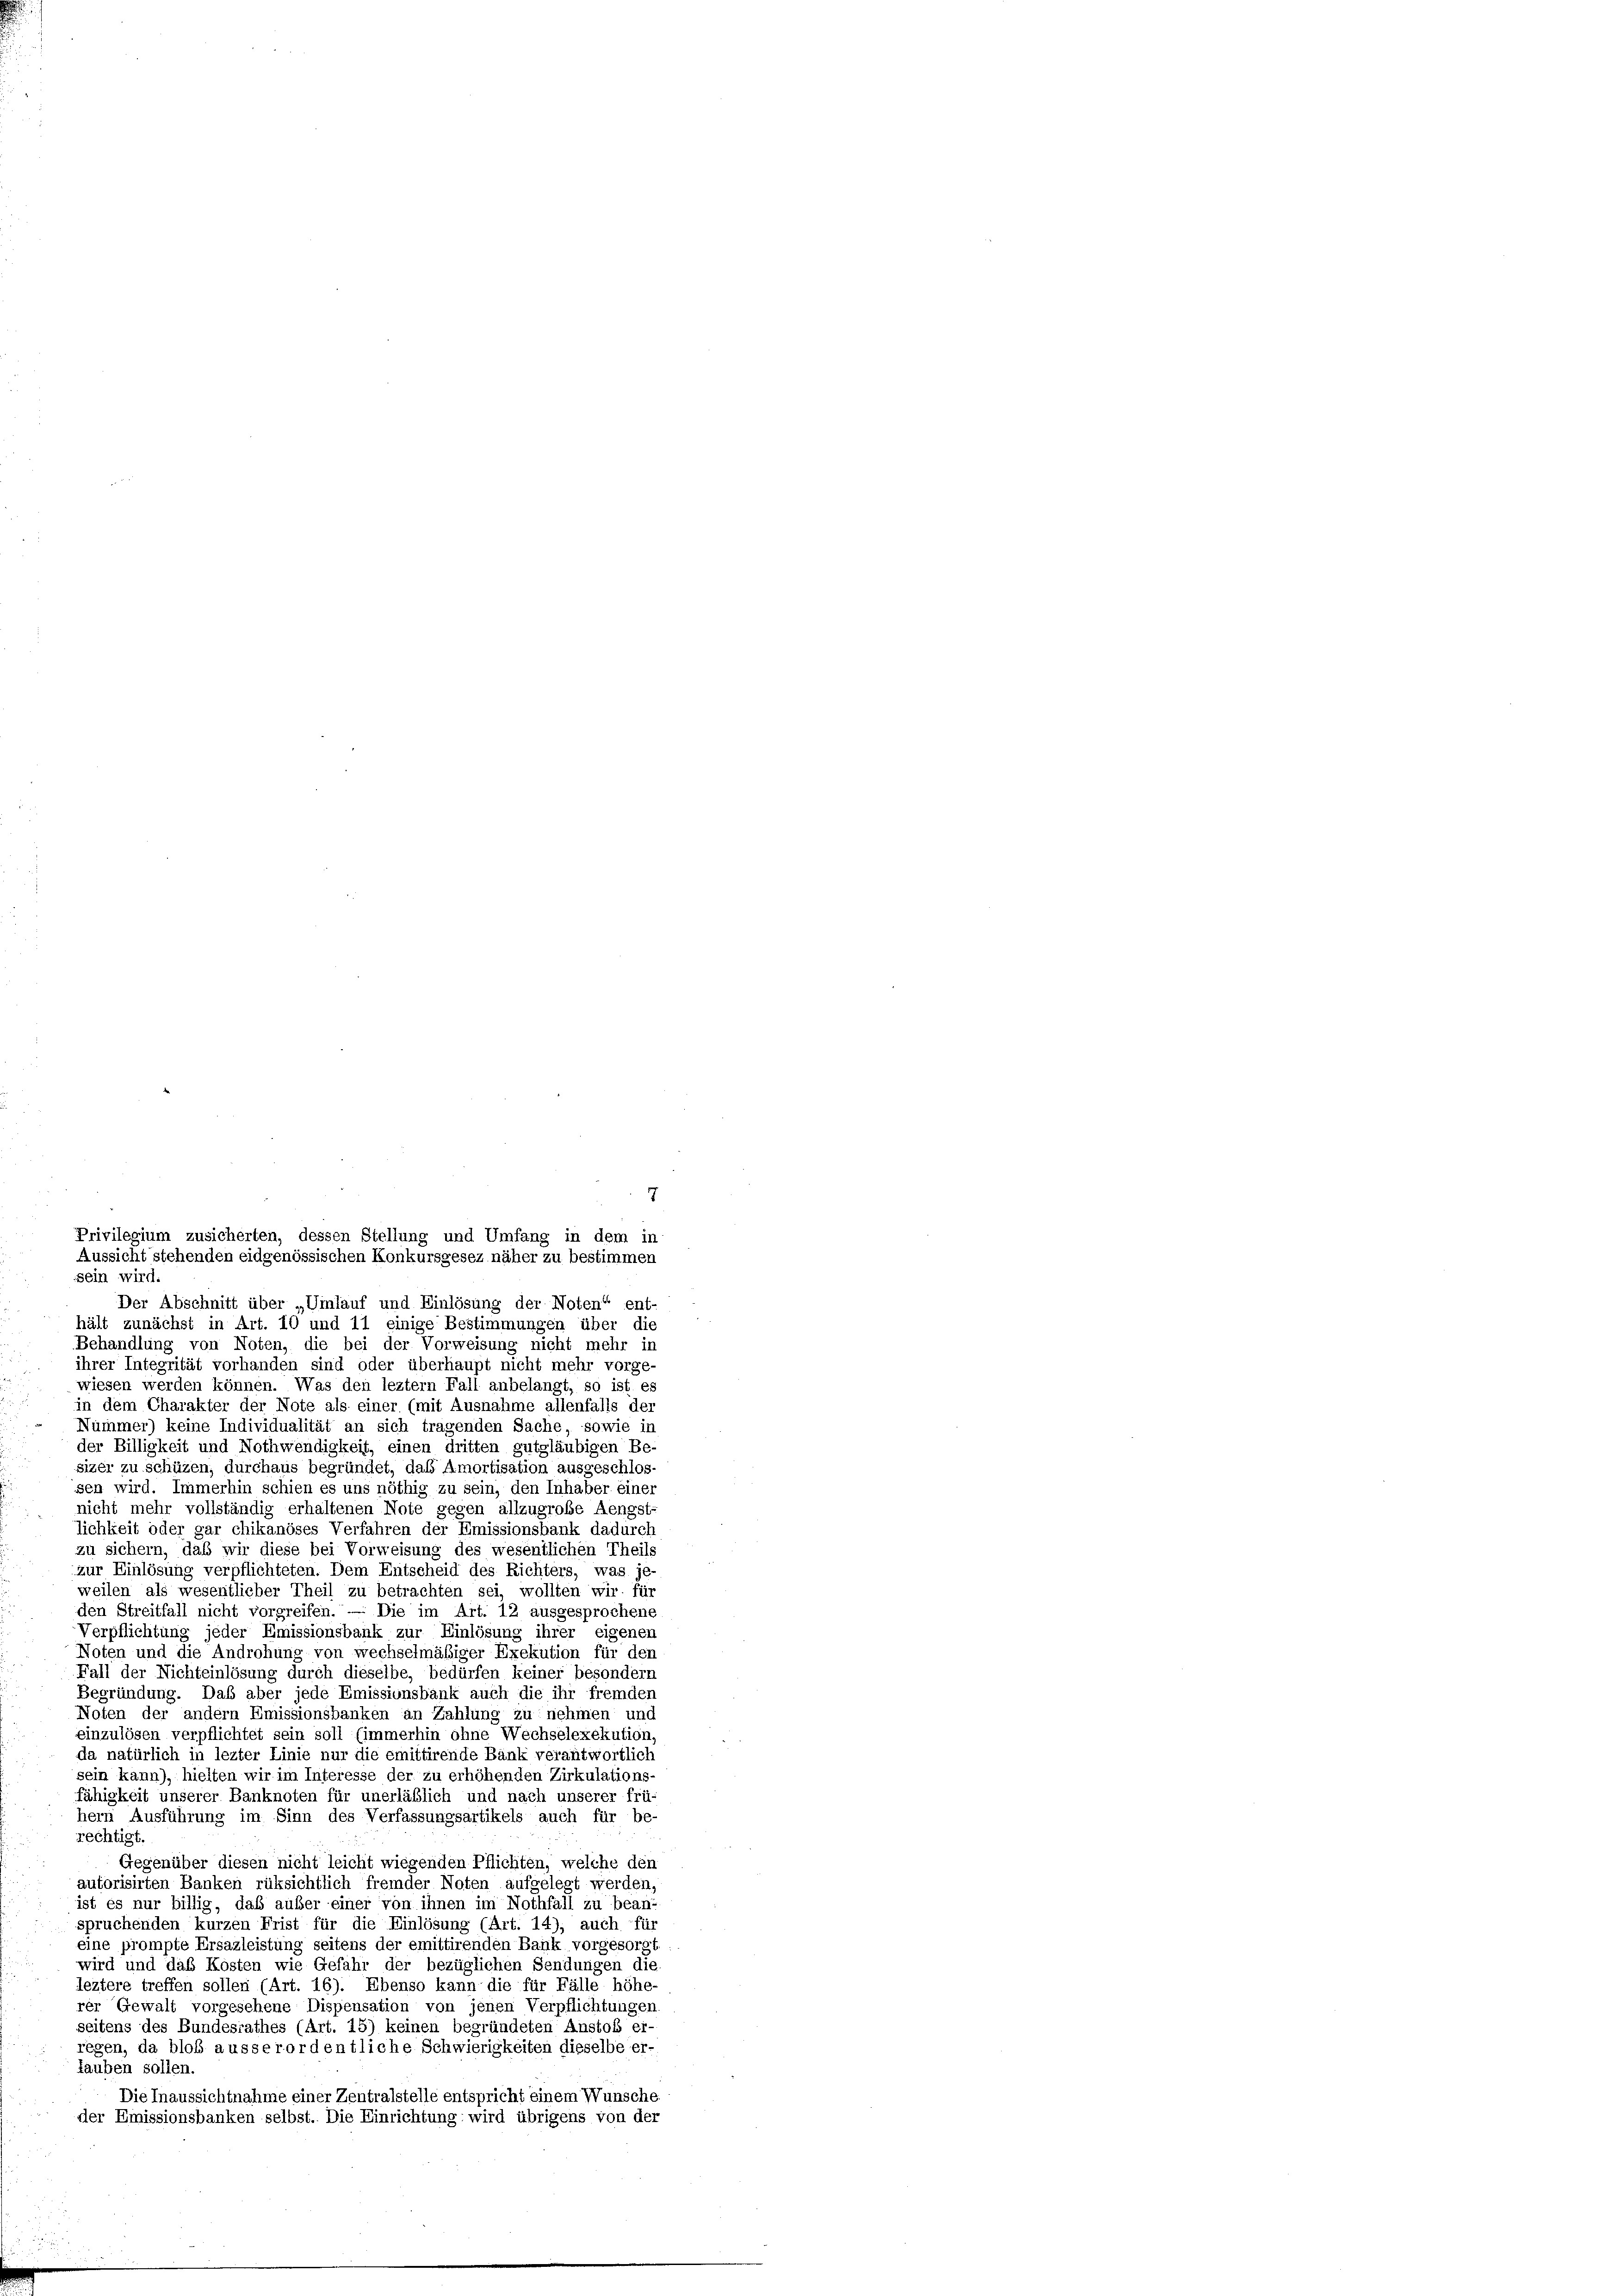
sein wird.
Der Abschnitt über „Winlauf und Einlösung der Noten“ ent-
hält zunächst in Art. 10 und 11 einige Bestimmungen über die
Behandlung von Noten, die bei der Vorweisung nicht mehr in
ihrer Integrität vorhanden sind oder überhaupt nicht mehr vorge-
wiesen werden können. Was den leztem Fall anbelangt, so ist es
in dem Charakter der Note als einer (mit Ausnahme allenfalls der
Nummer) keine Individualität an sich tragenden Sache, sowie in
der Billigkeit und Nothwendigkeit, einen dritten gutgläubigen Be-
sizer zu schüzen, durchaus begründet, daß Amortisation ausgeschlos-
sen wird. Immerhin schien es uns nöthig zu sein, den Inhaber einer
nicht mehr vollständig erhaltenen Note gegen allzugrobe Aengst-
lichkeit oder gar chikanöses Verfahren der Emissionsbank dadurch
zu sichern, das wir diese bei Vorweisung des wesentlichen Theils
zur Einlösung verpflichteten. Dem Entscheid des Richters, was je-
weilen als wesentlicher Theil zu betrachten sei, wollten wir für
den Streitfall nicht vorgreifen. — Die im Art. 12 ausgesprochene
Verpflichtung jeder Emissionsbank zur Einlösung ihrer eigenem
Noten und die Androhung von wechselmäßiger Exekution für den
Fall der Nichteinlösung durch dieselbe, bedürfen keiner besondern
Begründung. Das aber jede Emissionsbank auch die ihr fremden
Noten der andern Emissionsbanken an Zahlung zu nehmen und
einzulösen verpflichtet sein soll (immerhin ohne Wechselexekution,
da natürlich in lezter Linie nur die emittirende Bänk verantwortlich
sein kann), hielten wir im Interesse der zu erhöhenden Zirkulations-
fähigkeit unserer Banknoten für unerläßlich und nach unserer frü-
hern Ausführung im Sinn des Verfassungsartikels auch für be-
rechtigt.
Gegenüber diesen nicht leicht wiegenden Pflichten, welche den
autorisirten Banken rüksichtlich fremder Noten aufgelegt werden,
ist es nur billig, daß außer einer von ihnen im Nothfäll zu bean-
spruchenden kurzen Frist für die Einlösung (Art. 14), auch für
eine prompte Ersazleistung seitens der emittirenden Bank vorgesorgt
wird und das Kosten wie Gefahr der bezüglichen Sendungen die
leztere treffen sollen (Art. 16). Ebenso kann die für Fälle höhe-
rer Gewalt vorgesehene Dispensation von jenen Verpflichtungen
seitens des Bundesrathes (Art. 15) keinen begründeten Anstof er-
regen, da bloß ausserordentliche Schwierigkeiten dieselbe er-
lauben sollen.
Die Inaussichtnahme einer Zentralstelle entspricht einem Wunsche.
der Emissionsbanken selbst. Die Einrichtung: wird übrigens von der

7
Privilegium zusicherten, dessen Stellung und Umfang in dem in
Aussicht stehenden eidgenössischen Konkursgesez näher zu bestimmen